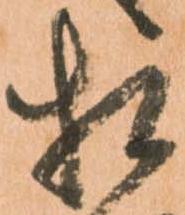
相